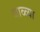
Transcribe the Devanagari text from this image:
थाळ्या